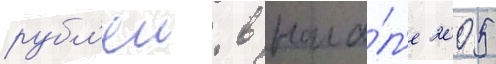
рубл'еи. в нача́л'е 2005